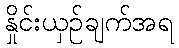
နှိုင်းယှဉ်ချက်အရ